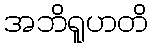
အဘိရူဟတိ